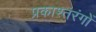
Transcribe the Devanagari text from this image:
प्रकाश्तरंगों